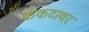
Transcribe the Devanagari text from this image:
कंकटावर